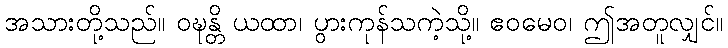
အသားတို့သည်။ ဝဍ္ဎန္တိ ယထာ၊ ပွားကုန်သကဲ့သို့။ ဧဝမေဝ၊ ဤအတူလျှင်။